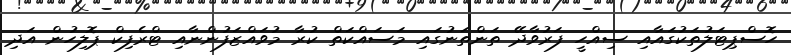
ހޮސްޕިޓަލުތަކުގައާއި ސިއްހީ ފަރުވާދޭ ތަންތަނުގައި މަސައްކަތް ކުރާ މުވައްޒަފުންނާއި ޓްރެފިކް ޕޮލިހުން އަދި